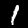
Label: 1